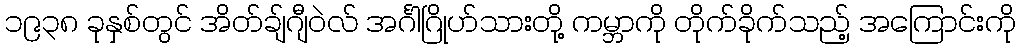
၁၉၃၈ ခုနှစ်တွင် အိတ်ချ်ဂျီဝဲလ် အင်္ဂါဂြိုဟ်သားတို့ ကမ္ဘာကို တိုက်ခိုက်သည့် အကြောင်းကို